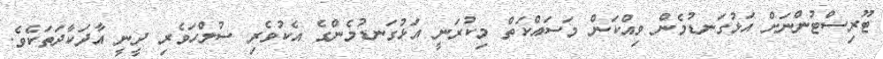
ޓޫރިސްޓުންނަށް އަޅުގަނޑުމެން ވިއްކަން މަސައްކަތް މިކުރަނީ އަޅުގަނޑުމެންގެ އެކުވެރި ސުލްހަވެރި ދީނީ އާދަކާދަތަކެވެ.